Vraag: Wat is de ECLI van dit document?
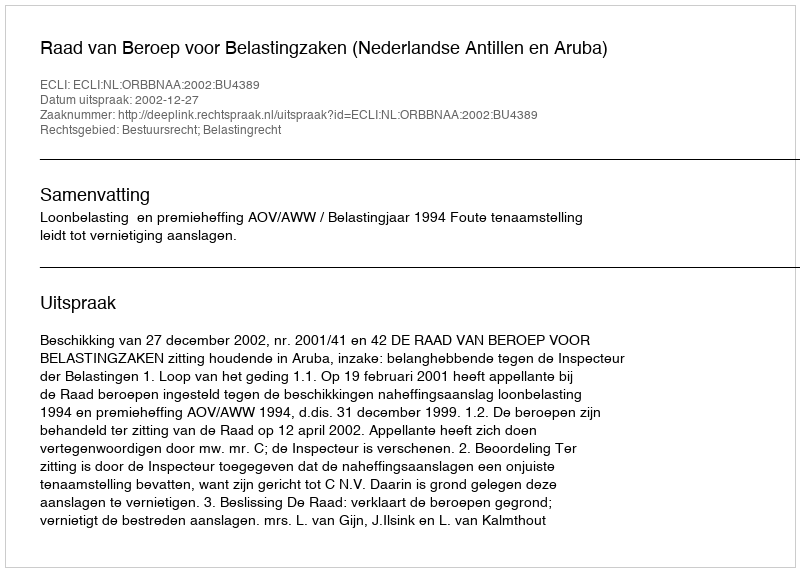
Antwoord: ECLI:NL:ORBBNAA:2002:BU4389